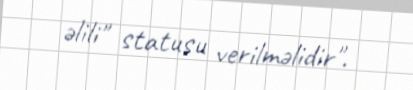
əlili" statusu verilməlidir".